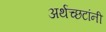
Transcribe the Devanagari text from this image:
अर्थच्‍छटांनी